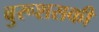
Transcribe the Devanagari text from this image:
बुरूशसकी